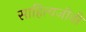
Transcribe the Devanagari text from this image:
साहित्यजीवी